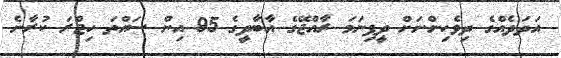
އަދަދެއްގެ ދިވެހިންނަށް ދީފިނަމަ ރާއްޖޭގެ އާބާދީގެ 95 އިން ސައްތަ ހިޖްރަ ކުރާނެ